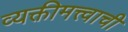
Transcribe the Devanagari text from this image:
व्यक्तीमत्त्वाची